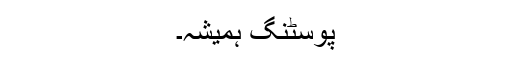
پوسٹنگ ہمیشہ۔